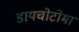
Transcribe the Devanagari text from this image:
डायचोटोमा